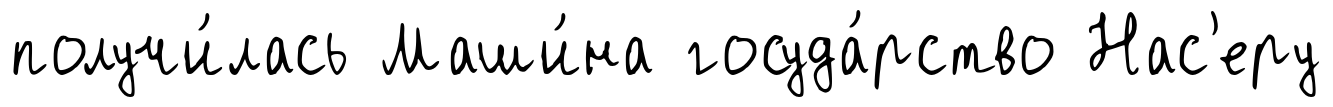
получи́лась Маши́на госуда́рство Нас'еру